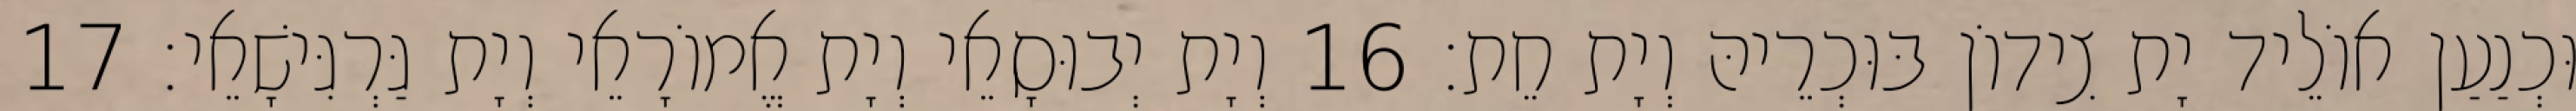
וּכְנַעַן אוֹלֵיד יָת צִידוֹן בּוּכְרֵיהּ וְיָת חֵת׃ 16 וְיָת יְבוּסָאֵי וְיָת אֱמוֹרָאֵי וְיָת גַּרְגִּישָׁאֵי׃ 17